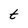
Character: t